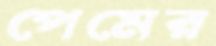
পেমের